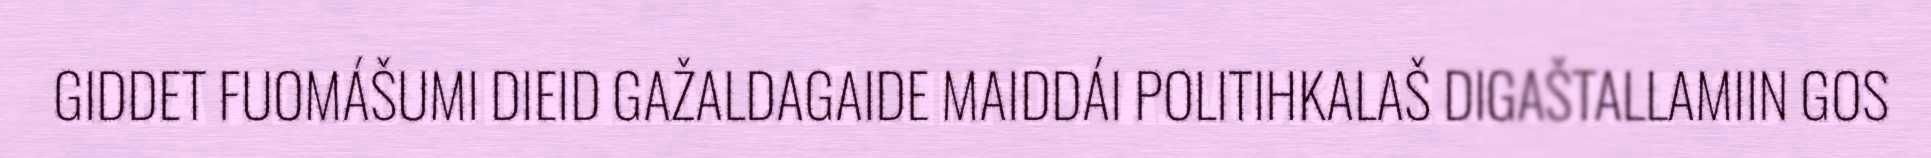
GIDDET FUOMÁŠUMI DIEID GAŽALDAGAIDE MAIDDÁI POLITIHKALAŠ DIGAŠTALLAMIIN GOS